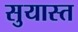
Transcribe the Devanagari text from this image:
सुयास्त